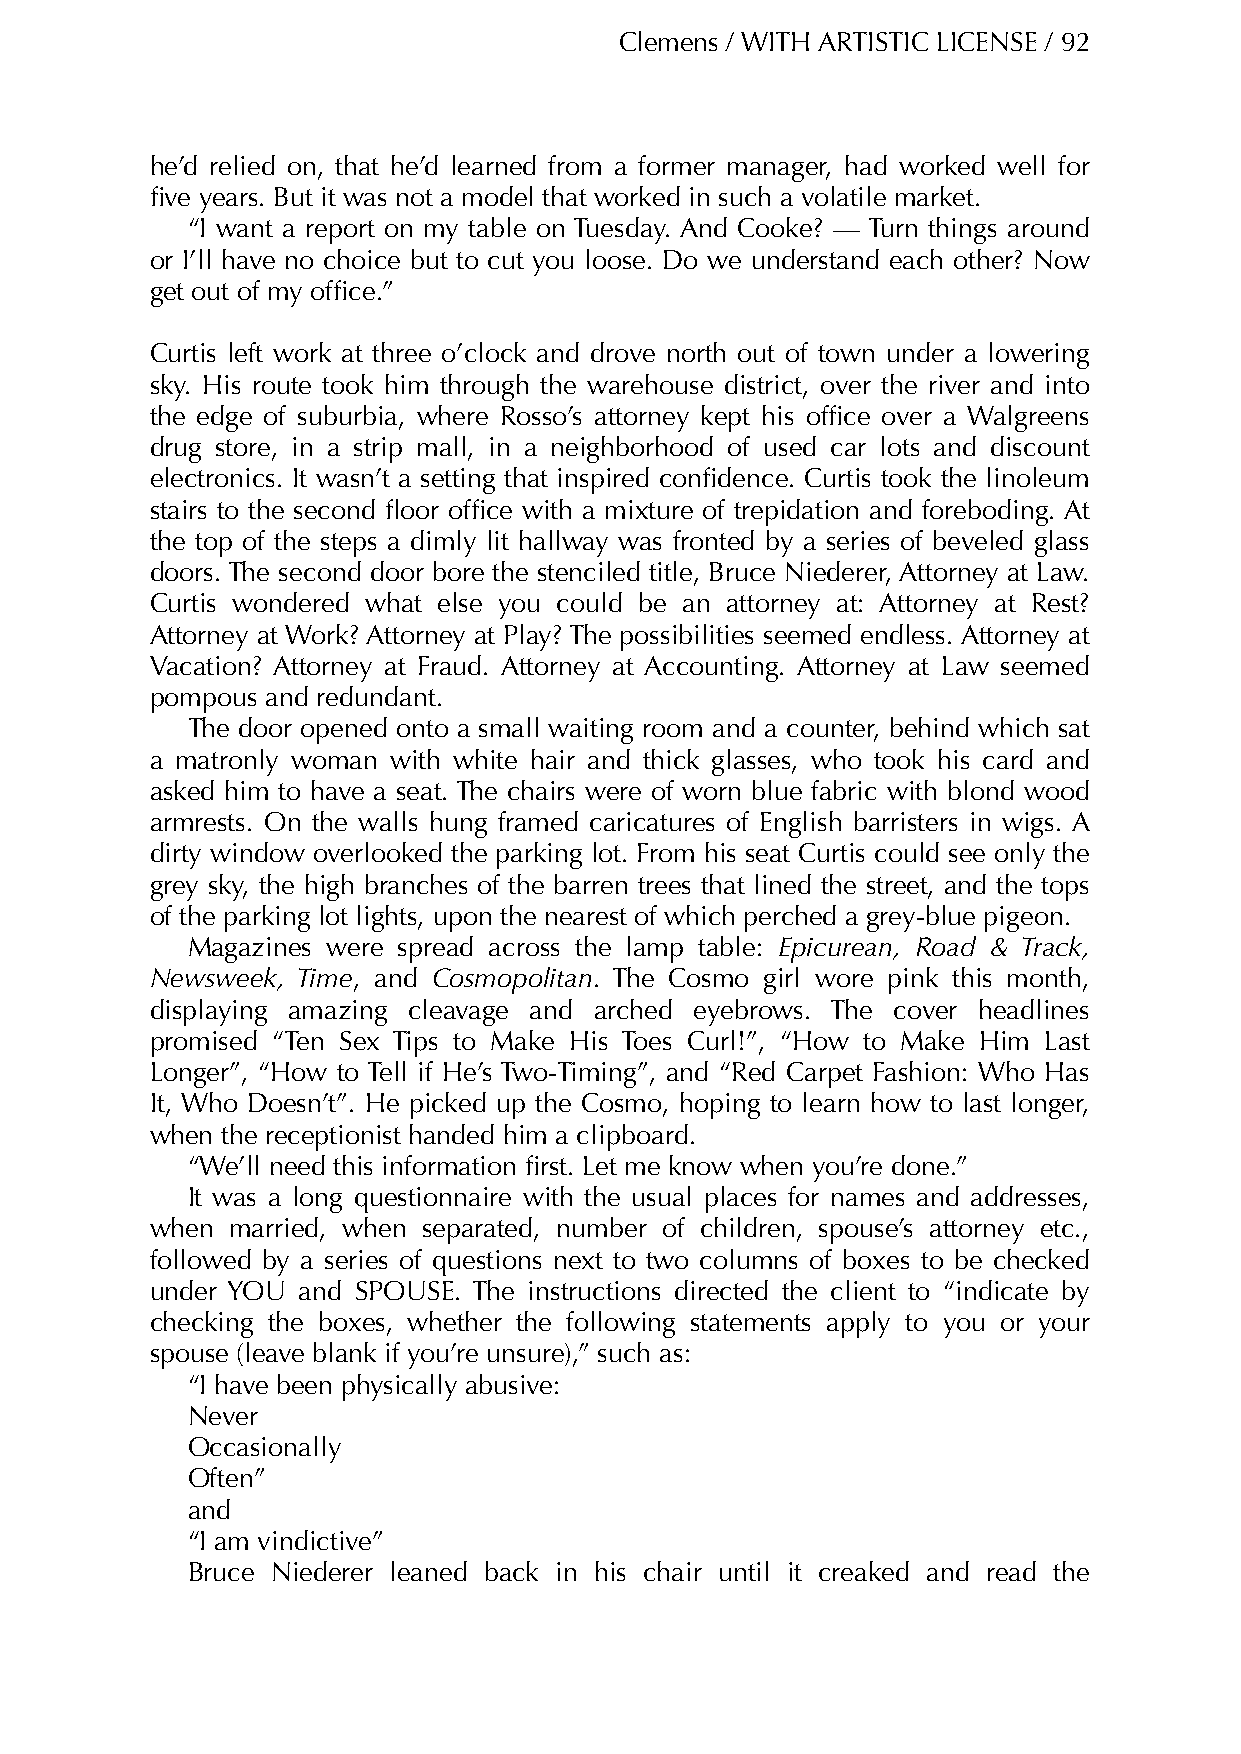
Clemens / WITH ARTISTIC LICENSE / 92
 he’d relied on, that he’d learned from a former manager, had worked well for
 five years. But it was not a model that worked in such a volatile market.
 “I want a report on my table on Tuesday. And Cooke? — Turn things around
 or I’ll have no choice but to cut you loose. Do we understand each other? Now
 get out of my office.”
 Curtis left work at three o’clock and drove north out of town under a lowering
 sky. His route took him through the warehouse district, over the river and into
 the edge of suburbia, where Rosso’s attorney kept his office over a Walgreens
 drug store, in a strip mall, in a neighborhood of used car lots and discount
 electronics. It wasn’t a setting that inspired confidence. Curtis took the linoleum
 stairs to the second floor office with a mixture of trepidation and foreboding. At
 the top of the steps a dimly lit hallway was fronted by a series of beveled glass
 doors. The second door bore the stenciled title, Bruce Niederer, Attorney at Law.
 Curtis wondered what else you could be an attorney at: Attorney at Rest?
 Attorney at Work? Attorney at Play? The possibilities seemed endless. Attorney at
 Vacation? Attorney at Fraud. Attorney at Accounting. Attorney at Law seemed
 pompous and redundant.
 The door opened onto a small waiting room and a counter, behind which sat
 a matronly woman with white hair and thick glasses, who took his card and
 asked him to have a seat. The chairs were of worn blue fabric with blond wood
 armrests. On the walls hung framed caricatures of English barristers in wigs. A
 dirty window overlooked the parking lot. From his seat Curtis could see only the
 grey sky, the high branches of the barren trees that lined the street, and the tops
 of the parking lot lights, upon the nearest of which perched a grey-blue pigeon.
 Magazines were spread across the lamp table: Epicurean, Road & Track,
 Newsweek, Time, and Cosmopolitan. The Cosmo girl wore pink this month,
 displaying amazing cleavage and arched eyebrows. The cover headlines
 promised “Ten Sex Tips to Make His Toes Curl!”, “How to Make Him Last
 Longer”, “How to Tell if He’s Two-Timing”, and “Red Carpet Fashion: Who Has
 It, Who Doesn’t”. He picked up the Cosmo, hoping to learn how to last longer,
 when the receptionist handed him a clipboard.
 “We’ll need this information first. Let me know when you’re done.”
 It was a long questionnaire with the usual places for names and addresses,
 when married, when separated, number of children, spouse’s attorney etc.,
 followed by a series of questions next to two columns of boxes to be checked
 under YOU and SPOUSE. The instructions directed the client to “indicate by
 checking the boxes, whether the following statements apply to you or your
 spouse (leave blank if you’re unsure),” such as:
 “I have been physically abusive:
 Never
 Occasionally
 Often”
 and
 “I am vindictive”
 Bruce Niederer leaned back in his chair until it creaked and read the